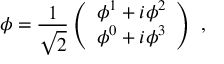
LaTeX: \phi = { \frac { 1 } { \sqrt { 2 } } } \left( { \begin{array} { c } { \phi ^ { 1 } + i \phi ^ { 2 } } \\ { \phi ^ { 0 } + i \phi ^ { 3 } } \end{array} } \right) \ ,